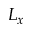
L _ { x }